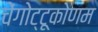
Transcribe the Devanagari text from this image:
चेंगोट्टूकोणम